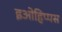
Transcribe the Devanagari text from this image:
इओहिप्पस